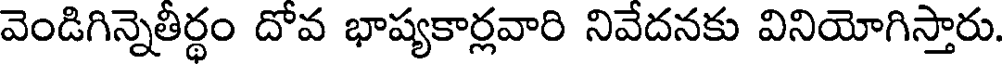
వెండిగిన్నెతీర్థం దోవ భాష్యకార్లవారి నివేదనకు వినియోగిస్తారు.